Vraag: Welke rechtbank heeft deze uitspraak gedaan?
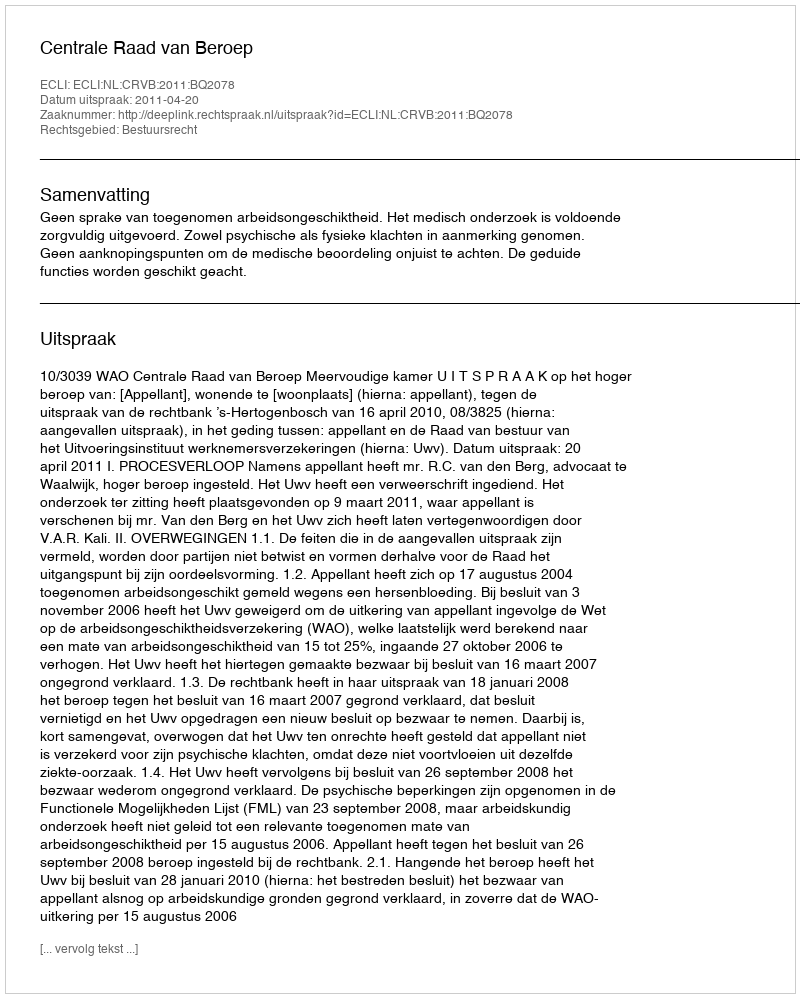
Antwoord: Centrale Raad van Beroep